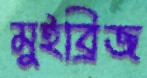
মুইব্রিজ